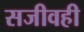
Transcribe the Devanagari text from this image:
सजीवही